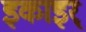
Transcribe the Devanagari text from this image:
इकाइर्